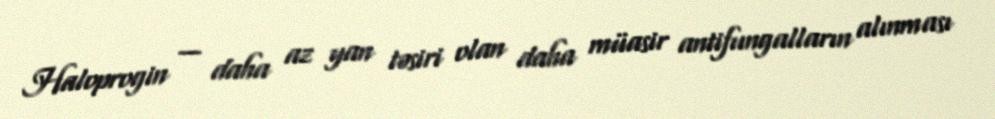
Haloprogin — daha az yan təsiri olan daha müasir antifungalların alınması